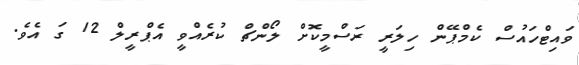
ވައިޓްހައުސް ކެމްޕޭން ހިލަރީ ރަސްމީކޮށް ލޯންޗް ކުރެއްވީ އެޕްރީލް 12 ގަ އެެވެ.